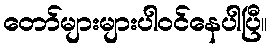
တော်များများပါဝင်နေပါပြီ။